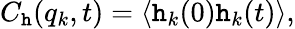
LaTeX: C_{\mathtt{h}}(q_{k},t)=\langle\mathtt{h}_{k}(0)\mathtt{h}_{k}(t)\rangle,